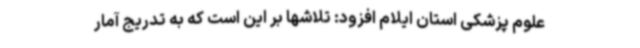
علوم پزشکی استان ایلام افزود: تلاشها بر این است که به تدریج آمار